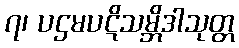
၇၊ ပဌမပဋိသမ္ဘိဒါသုတ္တ